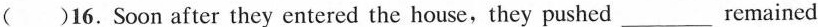
( )16. Soon after they entered the house,they pushed ___ remained